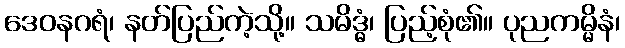
ဒေဝနဂရံ၊ နတ်ပြည်ကဲ့သို့။ သမိဒ္ဓံ၊ ပြည့်စုံ၏။ ပုညကမ္မိနံ၊